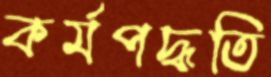
কর্মপদ্ধতি